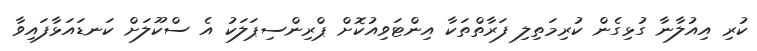
ކުރި އިއުލާނާ ގުޅިގެން ކުރިމަތިލި ފަރާތްތަކާ އިންޓަވިއުކޮށް ޕްރިންސިޕަލަކު އެ ސްކޫލަށް ކަނޑައަޅާފައިވާ